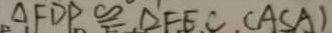
\Delta F D P \cong \Delta F E C . ( A S A )